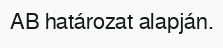
AB határozat alapján.